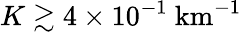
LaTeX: K\gtrsim 4\times 10^{-1}~\mathrm{km}^{-1}